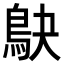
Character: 鴃